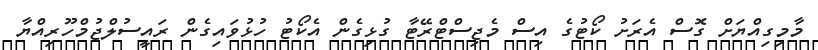
މާމިގިއްޔަށް ގޮސް އެރަށު ކޯޓުގެ އިސް މެޖިސްޓްރޭޓާ ގުޅިގެން އެކޯޓު ހުޅުވައިގެން ރައީސުލްޖުމްހޫރިއްޔާ